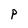
Character: P